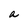
Character: a